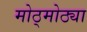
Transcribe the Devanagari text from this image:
मोठ्मोठ्या